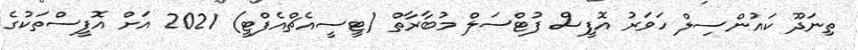
ތިނަދޫ ކައުންސިލް ހަވަރު އޮފީސް ފުޓްސަލް މުބާރާތް (ޓީސީއެޗްއެފްޓީ) 2021 އަށް އޮފީސްތަކުގެ